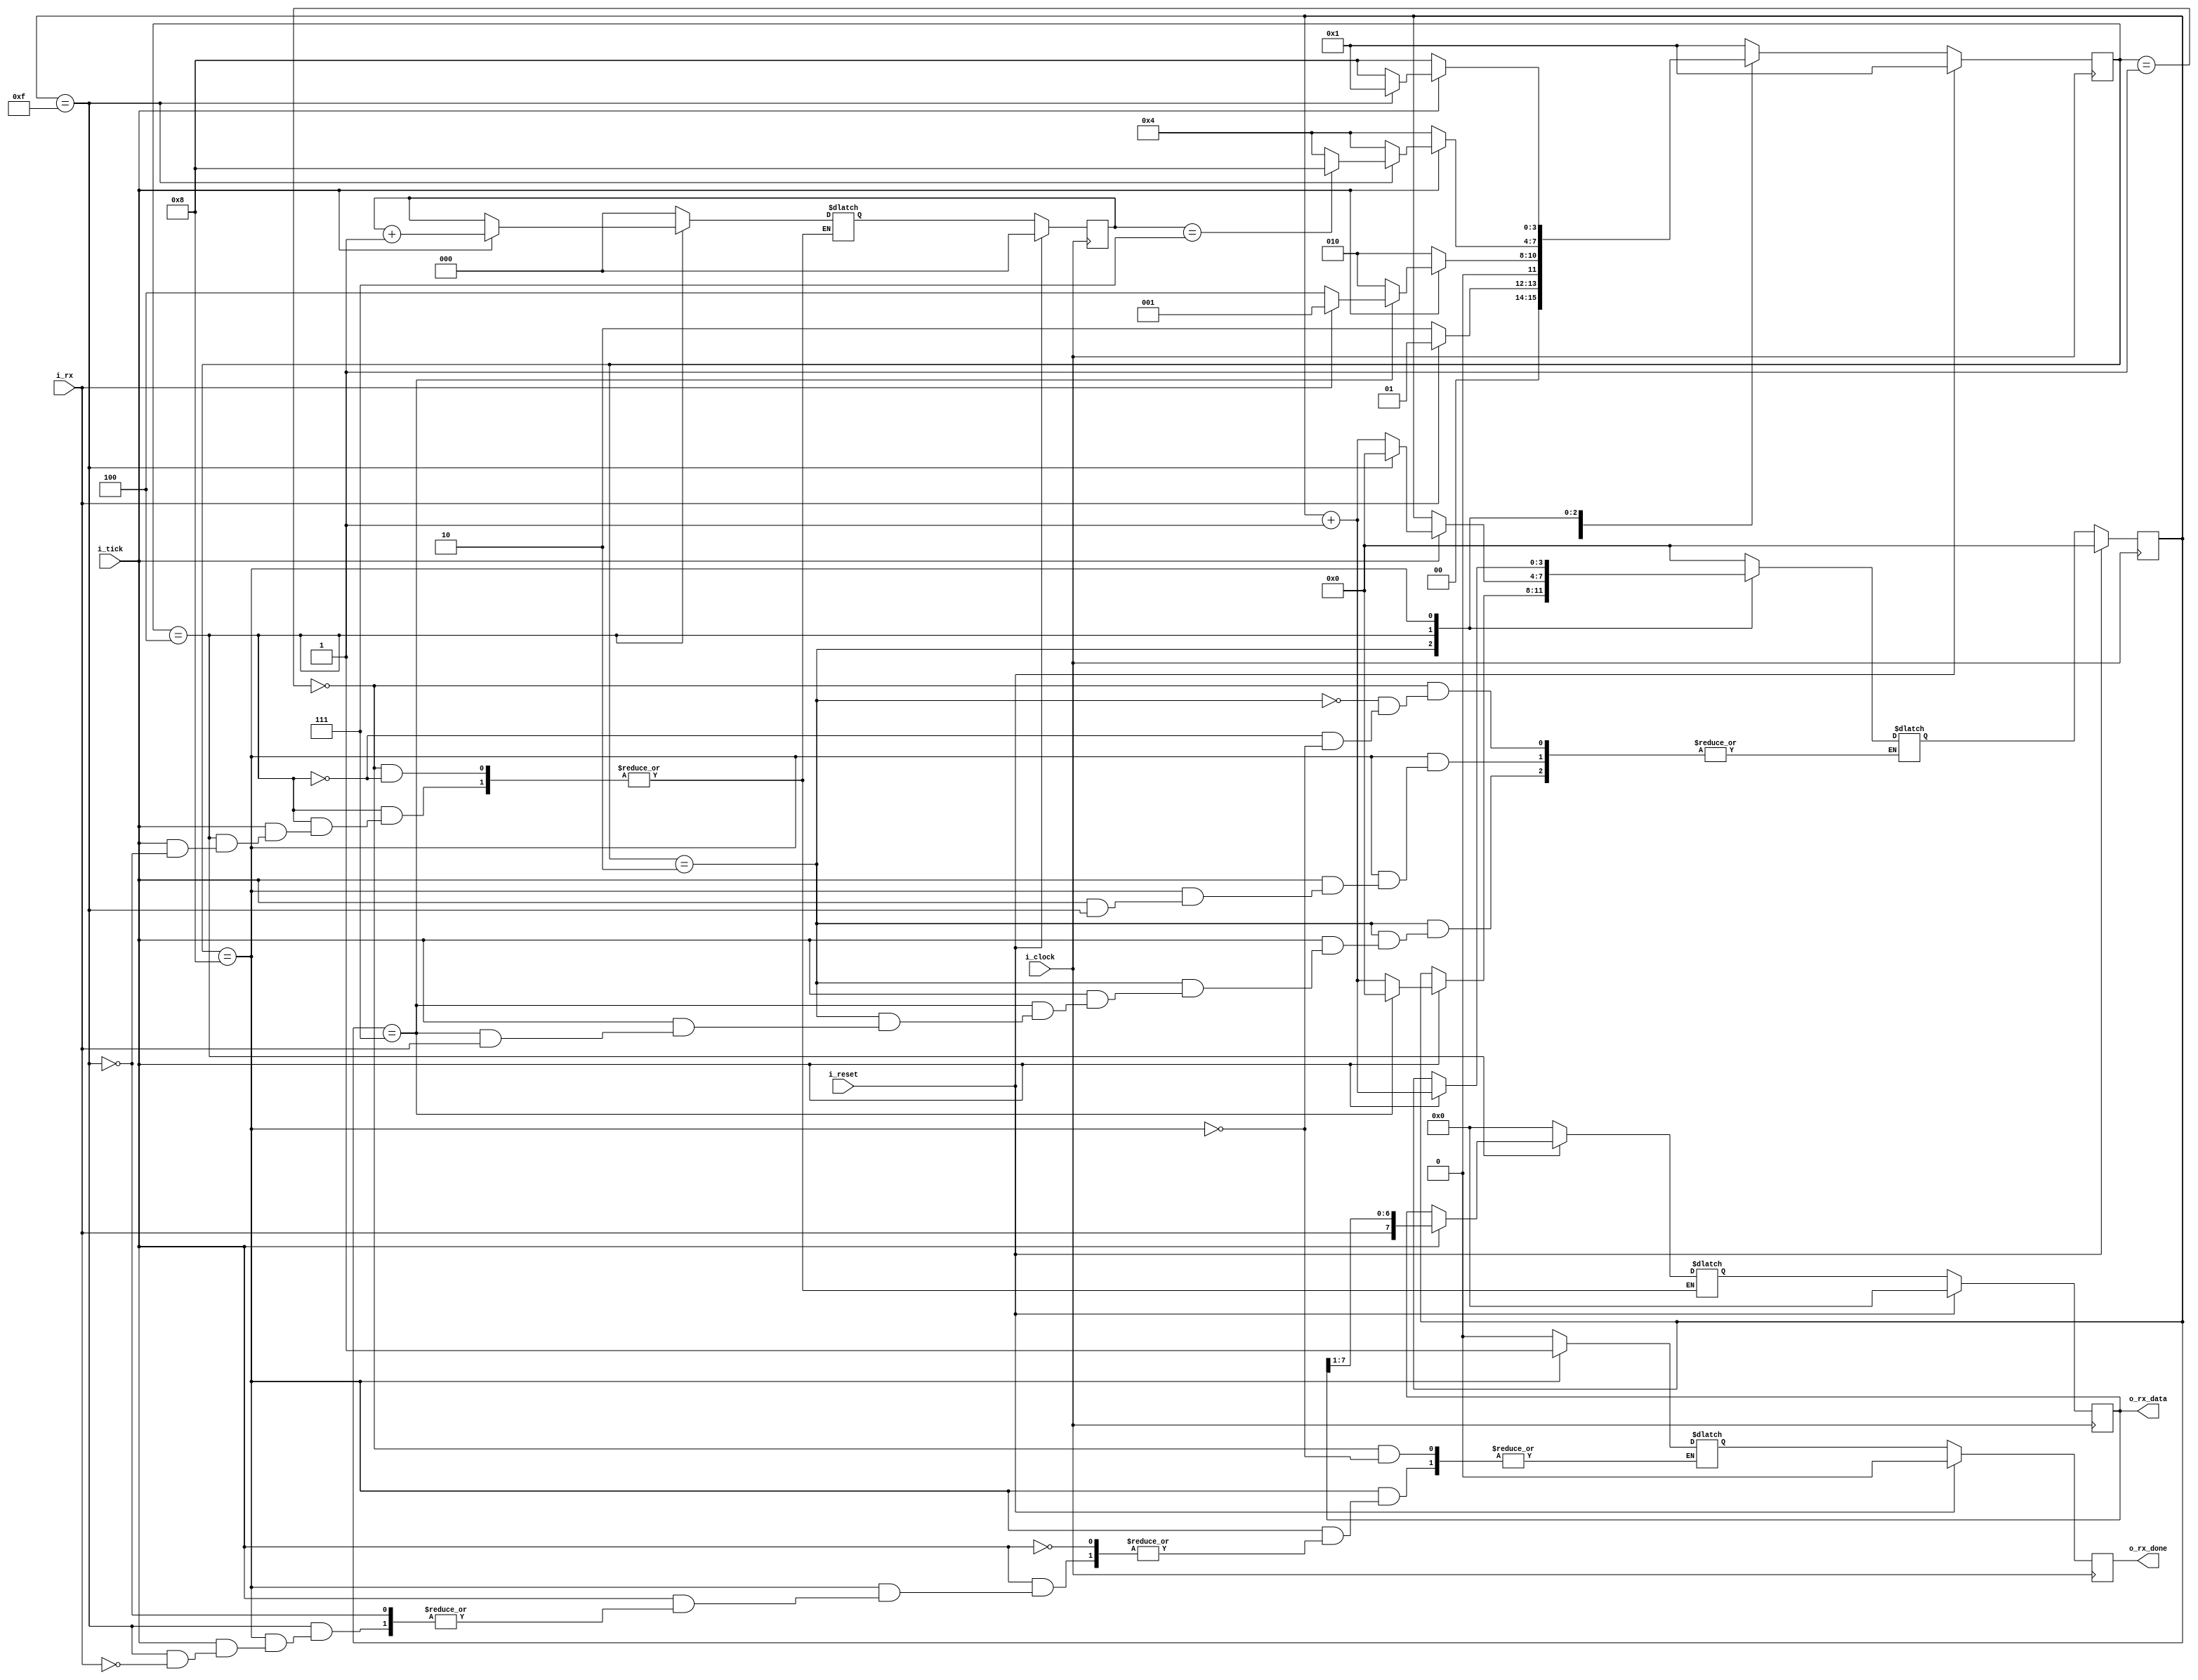
`timescale 1ns / 1ps

module receiver#(
    parameter NB_DATA = 8
)(
    input wire i_rx,
    input wire i_tick,
    input wire i_clock,
    input wire i_reset,
    output wire [NB_DATA-1:0] o_rx_data,
    output wire o_rx_done
);
//4 estados, sin bit partidad, 1 solo bit de stop 
localparam IDLE_STATE =     4'b0001;
localparam START_STATE =    4'b0010;
localparam DATA_STATE =     4'b0100;
localparam STOP_STATE =     4'b1000;

localparam NB_STATES = 4;
reg [NB_STATES-1:0] state;
reg [NB_STATES-1:0] next_state;

//contador de ticks, maxima cuenta hasta 15
localparam NB_TICK_COUNTER = 4; 
reg [NB_TICK_COUNTER-1:0] tick_counter,next_tick_counter;

//contador de data recibida, maximo hasta 7
localparam NB_DATA_COUNTER = 3;
reg [NB_DATA_COUNTER-1:0] data_counter, next_data_counter;


reg [NB_DATA-1:0] data, next_data;

reg rx_done, next_rx_done;

//memoria de estado
always@(posedge i_clock)
begin
    if(i_reset)
        state <= IDLE_STATE;
    else
        state <= next_state;
end

//contador de ticks
always@(posedge i_clock)
begin
    if(i_reset)
        tick_counter <= {NB_TICK_COUNTER{1'b0}};
    else 
        tick_counter <= next_tick_counter;
end

//contador de datos
always@(posedge i_clock)
begin
    if(i_reset)
        data_counter <= {NB_DATA_COUNTER{1'b0}};
    else
    begin    
        data_counter <= next_data_counter;
    end 
end

always@(posedge i_clock)
begin
    if(i_reset)
        data <= {NB_DATA{1'b0}};
    else 
        data <= next_data;
end

always@(posedge i_clock)
begin
    if(i_reset)
        rx_done <= 1'b0;
    else 
        rx_done <= next_rx_done;
end

always@(*)
begin
    case(state)
        IDLE_STATE:
        begin
            next_rx_done = 1'b0;
            next_data = {NB_DATA{1'b0}};
            next_tick_counter = {NB_TICK_COUNTER{1'b0}};
            next_data_counter = {NB_DATA_COUNTER{1'b0}};
            if(i_rx == 0)
                next_state = START_STATE;
            else
                next_state = IDLE_STATE;
        end
        START_STATE:
        begin
            if(i_tick)
            begin
                if(tick_counter == 4'b0111) //si el contador de ticks es igual a 8, mitad del START
                begin
                    if(i_rx == 0)
                    begin
                        next_state = DATA_STATE;
                        next_tick_counter = {NB_TICK_COUNTER{1'b0}};
                    end 
                    else 
                        next_state = IDLE_STATE;
                end
                else
                begin
                    next_tick_counter = tick_counter + 1;
                    next_state = START_STATE;
                end
            end
            else
            begin
                next_state = START_STATE;
                next_tick_counter = tick_counter;
            end
        end    
        DATA_STATE:
        begin
            if(i_tick)
            begin
                if(tick_counter == 4'b1111) //si el contador de ticks es igual a 15 
                begin
                    next_data = {i_rx,data[NB_DATA-1: 1]}; //va concatenando la entrada, el primer dato recibido queda como LSB
                    next_data_counter = data_counter + 1;
                    next_tick_counter = {NB_TICK_COUNTER{1'b0}};

                    if(data_counter == 3'b111) //data igual a 7, ya estan todos los datos
                        next_state = STOP_STATE;
                    else
                        next_state = DATA_STATE;
                end
                else
                begin
                    next_tick_counter = tick_counter + 1;
                    next_state = DATA_STATE;
                end
            end
            else
            begin
                next_state = DATA_STATE;
                next_data = data;
                next_data_counter = data_counter;
                next_tick_counter = tick_counter;
            end
        end        
        STOP_STATE: //estado para verificar recepcion de bit de STOP
        begin
            if(i_tick)
                if(tick_counter == 4'b1111)
                begin
                    if(i_rx == 1'b1)   //verifica el bit de stop 
                    begin
                        next_rx_done = 1'b1; //indica q el dato termino de recibirse
                    end
                    
                    next_state = IDLE_STATE;
                end
                else
                begin
                    next_tick_counter = tick_counter + 1;
                    next_state = STOP_STATE;
                end
            else
            begin
                next_state = STOP_STATE;
                next_tick_counter = tick_counter;
            end                
        end
        default:
            next_state = IDLE_STATE;
    endcase              
end

assign o_rx_done = rx_done;
assign o_rx_data = data;

endmodule